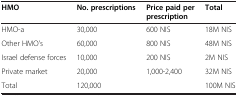
| HMO | No. prescriptions | Price paid per prescription | Total |
 | --- | --- | --- | --- |
 | HMO-a | 30,000 | 600 NIS | 18M NIS |
 | Other HMO's | 60,000 | 800 NIS | 48M NIS |
 | Israel defense forces | 10,000 | 200 NIS | 2M NIS |
 | Private market | 20,000 | 1,000-2,400 | 32M NIS |
 | Total | 120,000 |  | 100M NIS |